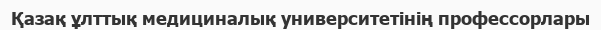
Қазақ ұлттық медициналық университетінің профессорлары